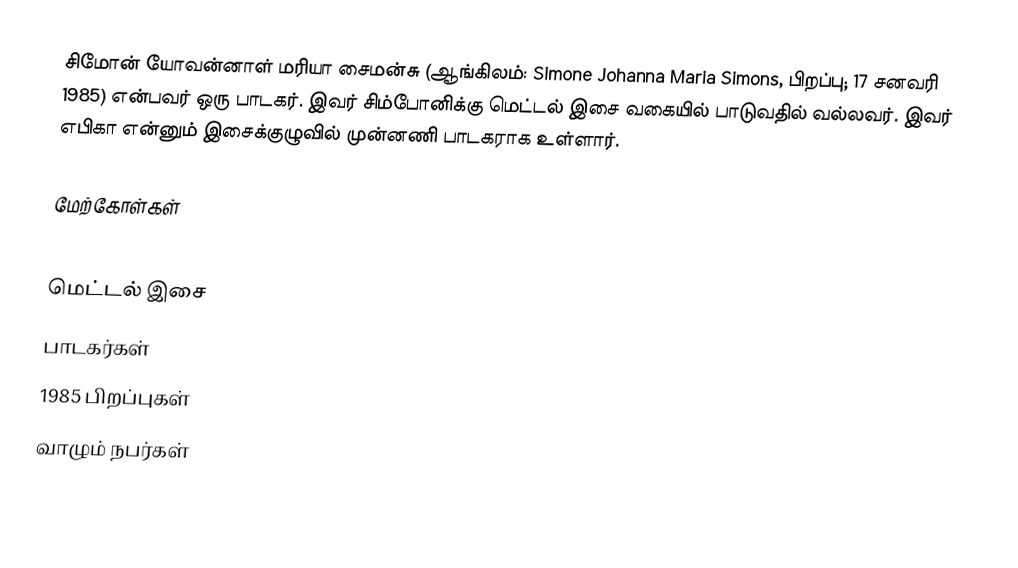
சிமோன் யோவன்னாள் மரியா சைமன்சு (ஆங்கிலம்: Simone Johanna Maria Simons, பிறப்பு; 17 சனவரி 1985) என்பவர் ஒரு பாடகர். இவர் சிம்போனிக்கு மெட்டல் இசை வகையில் பாடுவதில் வல்லவர். இவர் எபிகா என்னும் இசைக்குழுவில் முன்னணி பாடகராக உள்ளார்.

மேற்கோள்கள்

மெட்டல் இசை
பாடகர்கள்
1985 பிறப்புகள்
வாழும் நபர்கள்